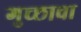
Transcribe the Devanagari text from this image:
गुच्छाचा